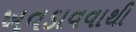
ખવડાવવાથી